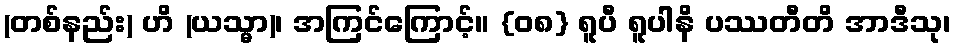
(တစ်နည်း) ဟိ (ယသ္မာ)၊ အကြင်ကြောင့်။ {၀၈} ရူပီ ရူပါနိ ပဿတီတိ အာဒီသု၊